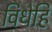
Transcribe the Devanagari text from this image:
विधेहि